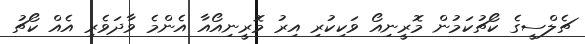
ޗެލްސީގެ ކޯޗުކަމުން މޮރީނިއޯ ވަކިކުރި އިރު މޮރީނިއޯއާ އެންމެ ވާދަވެރި އެއް ކޯޗު